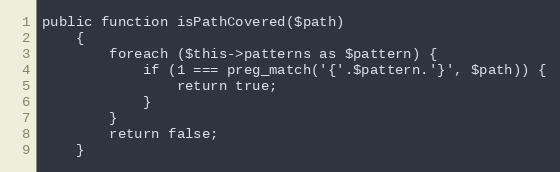
Language: PHP
public function isPathCovered($path)
    {
        foreach ($this->patterns as $pattern) {
            if (1 === preg_match('{'.$pattern.'}', $path)) {
                return true;
            }
        }
        return false;
    }